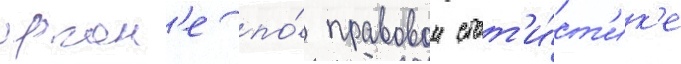
орган'е по́ правовои стат'и́ст'ик'е